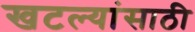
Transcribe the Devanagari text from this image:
खटल्यांसाठी